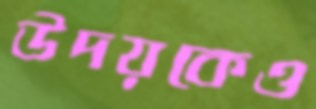
উদয়কেও